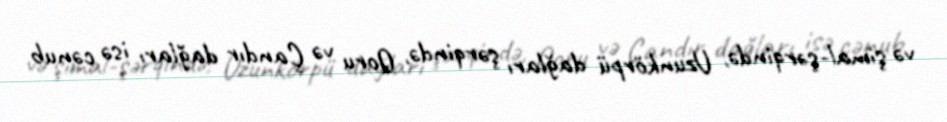
və şimal-şərqində, Uzunkörpü dağları şərqində, Qoru və Çandır dağları isə cənub